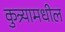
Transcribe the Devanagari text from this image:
कुत्र्यामधील